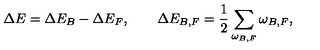
\Delta E = \Delta E _ { B } - \Delta E _ { F } , \qquad \Delta E _ { B , F } = \frac 1 2 \sum _ { \omega _ { B , F } } \omega _ { B , F } ,